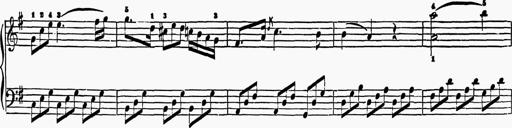
Title: 6 Sonatas
Composer: Muzio Clementi